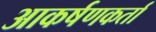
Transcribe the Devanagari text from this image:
आकर्षणकर्ता